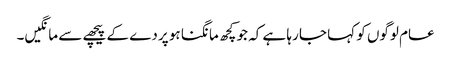
عام لوگوں کو کہا جا رہا ہے کہ جو کچھ مانگنا ہو پردے کے پیچھے سے مانگیں۔